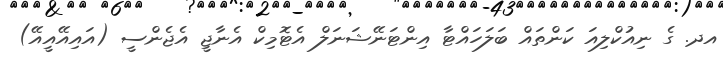
އދ. ގެ ނިއުކްލިއަ ކަންތައް ބަލަހައްޓާ އިންޓަނޭޝަނަލް އެޓޮމިކް އެނާޖީ އެޖެންސީ (އައިއޭއީއޭ)